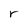
Character: r